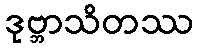
ဒုဗ္ဘာသိတဿ